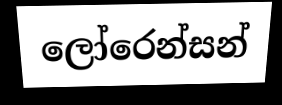
ලෝරෙන්සන්